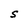
Character: S